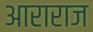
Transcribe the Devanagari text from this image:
आराराज